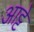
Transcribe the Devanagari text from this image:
आट्टे